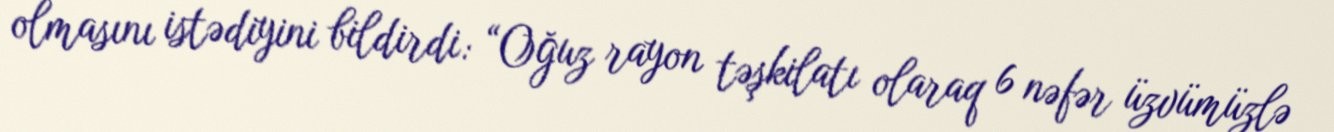
olmasını istədiyini bildirdi: “Oğuz rayon təşkilatı olaraq 6 nəfər üzvümüzlə